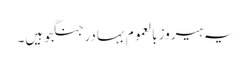
یہ ہیروز بالعموم بہادر جنگجو ہیں۔